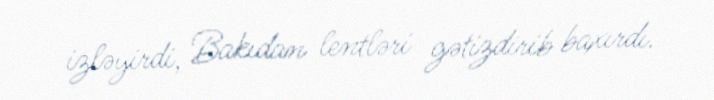
izləyirdi, Bakıdan lentləri gətizdirib baxırdı.